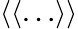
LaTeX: \langle\langle\ldots\rangle\rangle